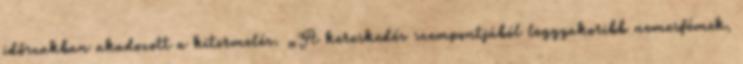
időszakban akadozott a kitermelés. „A kereskedés szempontjából leggyakoribb nemesfémek,